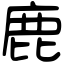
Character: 鹿